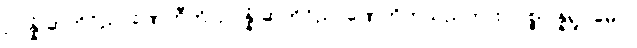
ဥပ္ပန္နံ ဆဟိဝိညာဏေဟီတိ၊ ဥပ္ပန္နံ ဆဟိဝိညာဏေဟိဟူသည်ကား။ ပစ္စုပ္ပန္နရူပမေဝ၊